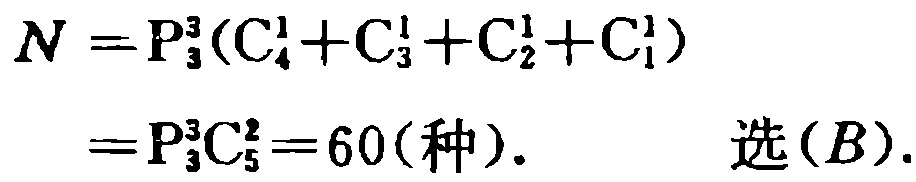
\[
\begin{align*}
N&=P_{3}^{3}(C_{4}^{1}+C_{3}^{1}+C_{2}^{1}+C_{1}^{1})\\
&=P_{3}^{3}C_{5}^{2}=60(\text{种}). \quad \text{选}(B).
\end{align*}
\]